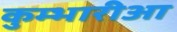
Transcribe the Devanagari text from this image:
कुम्भारीआ